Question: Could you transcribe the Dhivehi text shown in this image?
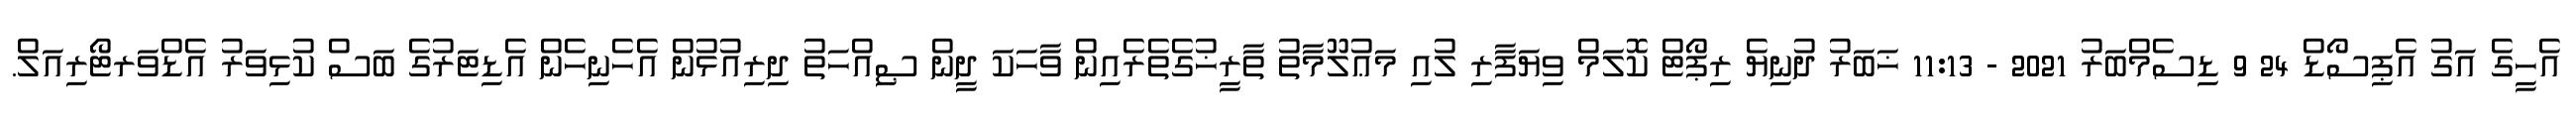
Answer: އެހީގެ އަގު އެޕިސޯޑް 24 9 ޑިސެމްބަރު 2021 - 11:13 ޚަބަރު ދުނިޔެ ރިޕޯޓް ކޮލަމް ވިޔަފާރި ލުއި މަޢުލޫމާތު ތާރީޚުގެތެރެއިން ވާހަކަ ދީން ޞިއްހަތު ދިރިއުޅުން އެހެނިހެން އެޑިޓަރުގެ ބަސް ކުޅިވަރު އެޑްވަރޓޯރިއަލް.